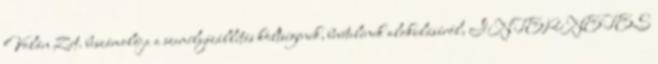
Volán Zrt. beszámolója a személyszállítás költségének, bevételének alakulásáról, INTERNETES